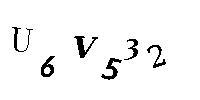
U6V532